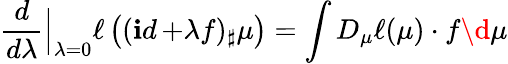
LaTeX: \displaystyle\frac{d}{d\lambda}\Big|_{\lambda=0}\ell\left((\mathop{\mathbf id}+\lambda f)_{\sharp}\mu\right)=\int D_{\mu}\ell(\mu)\cdot f\d\mu